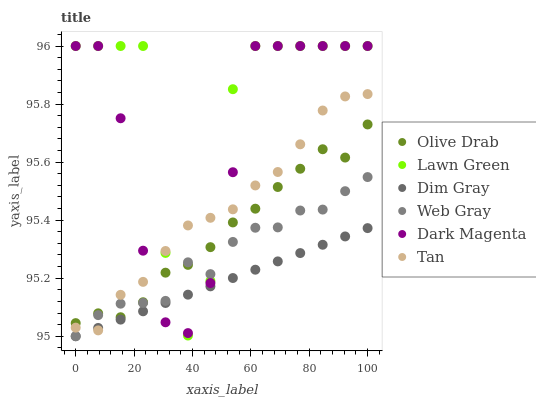
| xaxis_label | Olive Drab | Lawn Green | Dim Gray | Web Gray | Dark Magenta | Tan |
 | --- | --- | --- | --- | --- | --- | --- |
 | 0 | 95 | 96 | 95 | 95 | 96 | 95 |
 | 7.69 | 95.1 | 96 | 95 | 95.1 | 96 | 95 |
 | 15.4 | 95.1 | 96 | 95.1 | 95.1 | 95.8 | 95.1 |
 | 23.1 | 95.1 | 96 | 95.1 | 95.1 | 95.3 | 95.2 |
 | 30.8 | 95.2 | 95.3 | 95.1 | 95.1 | 95 | 95.3 |
 | 38.5 | 95.2 | 95 | 95.1 | 95.3 | 95 | 95.4 |
 | 46.2 | 95.3 | 95.2 | 95.2 | 95.2 | 95.2 | 95.4 |
 | 53.8 | 95.4 | 95.9 | 95.2 | 95.3 | 95.6 | 95.4 |
 | 61.5 | 95.4 | 96 | 95.2 | 95.4 | 96 | 95.5 |
 | 69.2 | 95.5 | 96 | 95.3 | 95.4 | 96 | 95.6 |
 | 76.9 | 95.6 | 96 | 95.3 | 95.4 | 96 | 95.7 |
 | 84.6 | 95.6 | 96 | 95.3 | 95.4 | 96 | 95.8 |
 | 92.3 | 95.6 | 96 | 95.3 | 95.5 | 96 | 95.8 |
 | 100 | 95.7 | 96 | 95.4 | 95.5 | 96 | 95.8 |